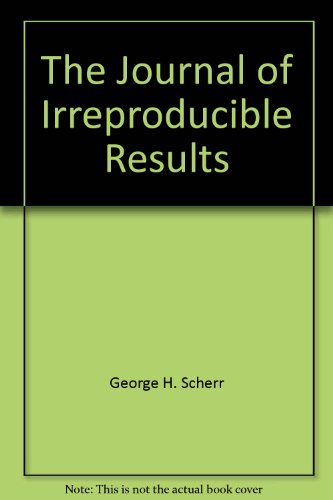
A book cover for The Journal of Irreproducible Results - Selected Papers. A Selection of superb and irreproducible re; George Scherr; Humor & Entertainment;